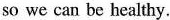
so we can be healthy.